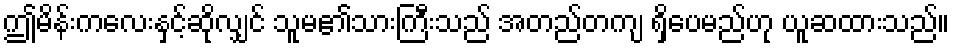
ဤမိန်းကလေးနှင့်ဆိုလျှင် သူမ၏သားကြီးသည် အတည်တကျ ရှိပေမည်ဟု ယူဆထားသည်။